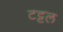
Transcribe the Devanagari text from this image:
टट्टल